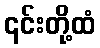
၎င်းတို့ထံ